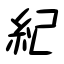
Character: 紀